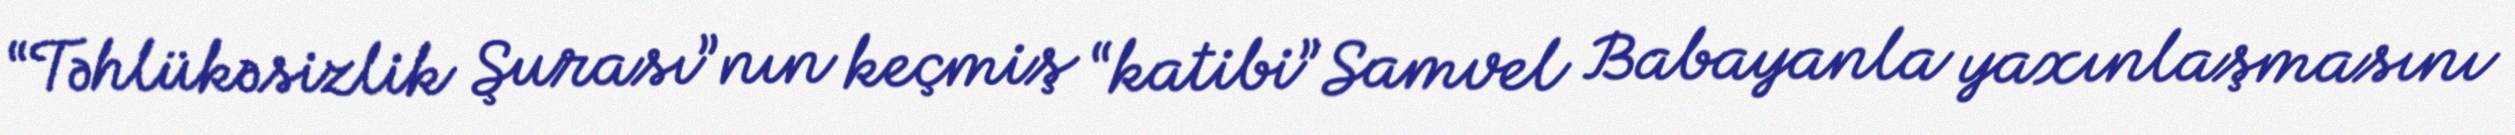
“Təhlükəsizlik Şurası”nın keçmiş “katibi” Samvel Babayanla yaxınlaşmasını